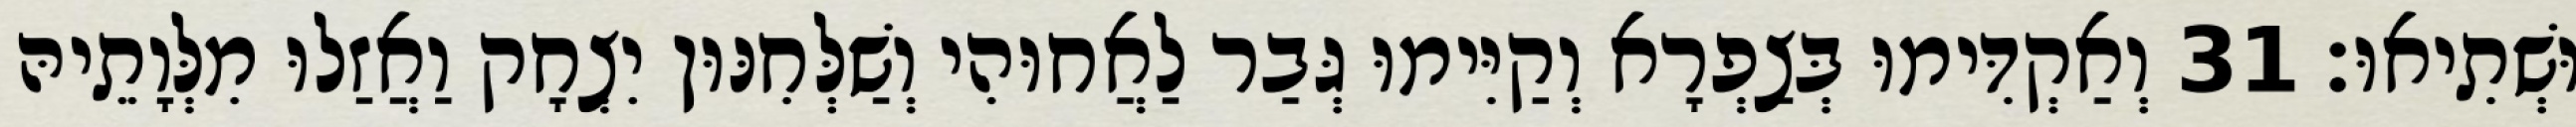
וּשְׁתִיאוּ׃ 31 וְאַקְדִּימוּ בְּצַפְרָא וְקַיִּימוּ גְּבַר לַאֲחוּהִי וְשַׁלְּחִנּוּן יִצְחָק וַאֲזַלוּ מִלְּוָתֵיהּ